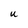
Character: U